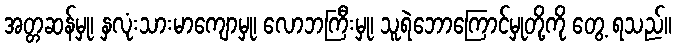
အတ္တဆန်မှု၊ နှလုံးသားမာကျောမှု၊ လောဘကြီးမှု၊ သူရဲဘောကြောင်မှုတို့ကို တွေ့ ရသည်။